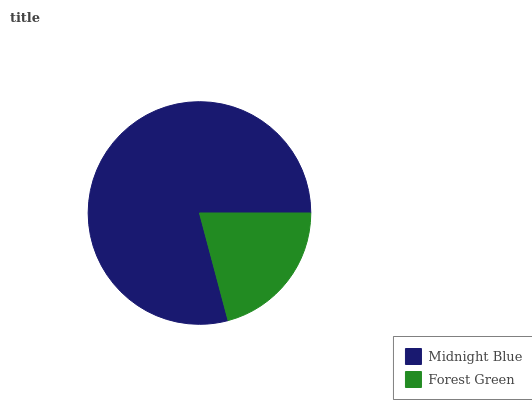
| Midnight Blue | Forest Green |
 | --- | --- |
 | 79.1% | 20.9% |